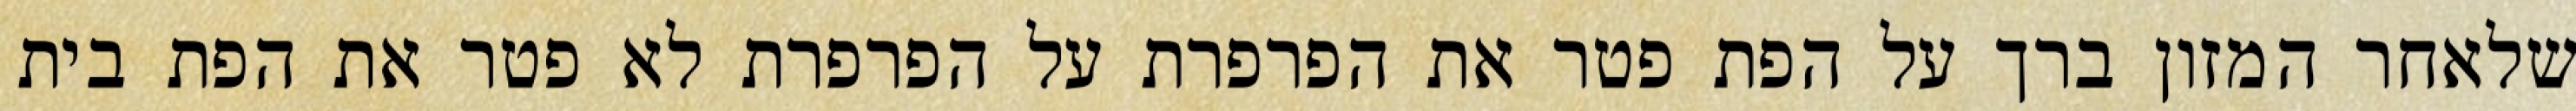
שלאחר המזון ברך על הפת פטר את הפרפרת על הפרפרת לא פטר את הפת בית